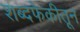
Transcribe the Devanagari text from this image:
शब्दफेकीतून